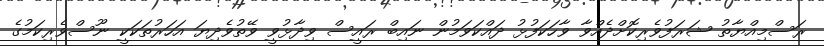
ރަސްމިއްޔާތު ޝަރަފުވެރިކޮށްދެއްވާ ވާހަކަފުޅު ދައްކަވަމުން ނައިބް ރައީސް ވިދާޅުވީ ވޭތުވެދިޔަ އަހަރުތަކަކީ ނޫސްވެރިކަމުގެ